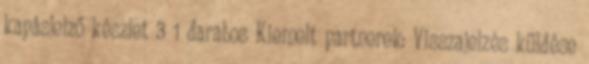
kapásjelző készlet 3 1 darabos Kiemelt partnerek: Visszajelzés küldése